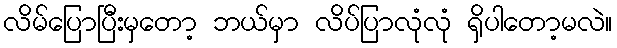
လိမ်ပြောပြီးမှတော့ ဘယ်မှာ လိပ်ပြာလုံလုံ ရှိပါတော့မလဲ။